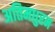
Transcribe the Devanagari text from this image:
अतिमधुरम